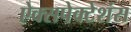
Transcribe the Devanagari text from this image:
ऐक्सपेक्टेशंस